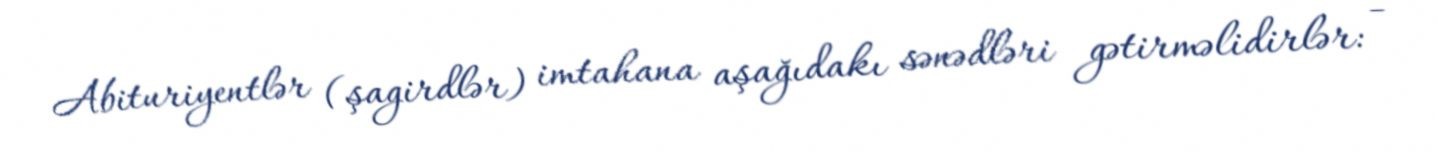
Abituriyentlər (şagirdlər) imtahana aşağıdakı sənədləri gətirməlidirlər: -